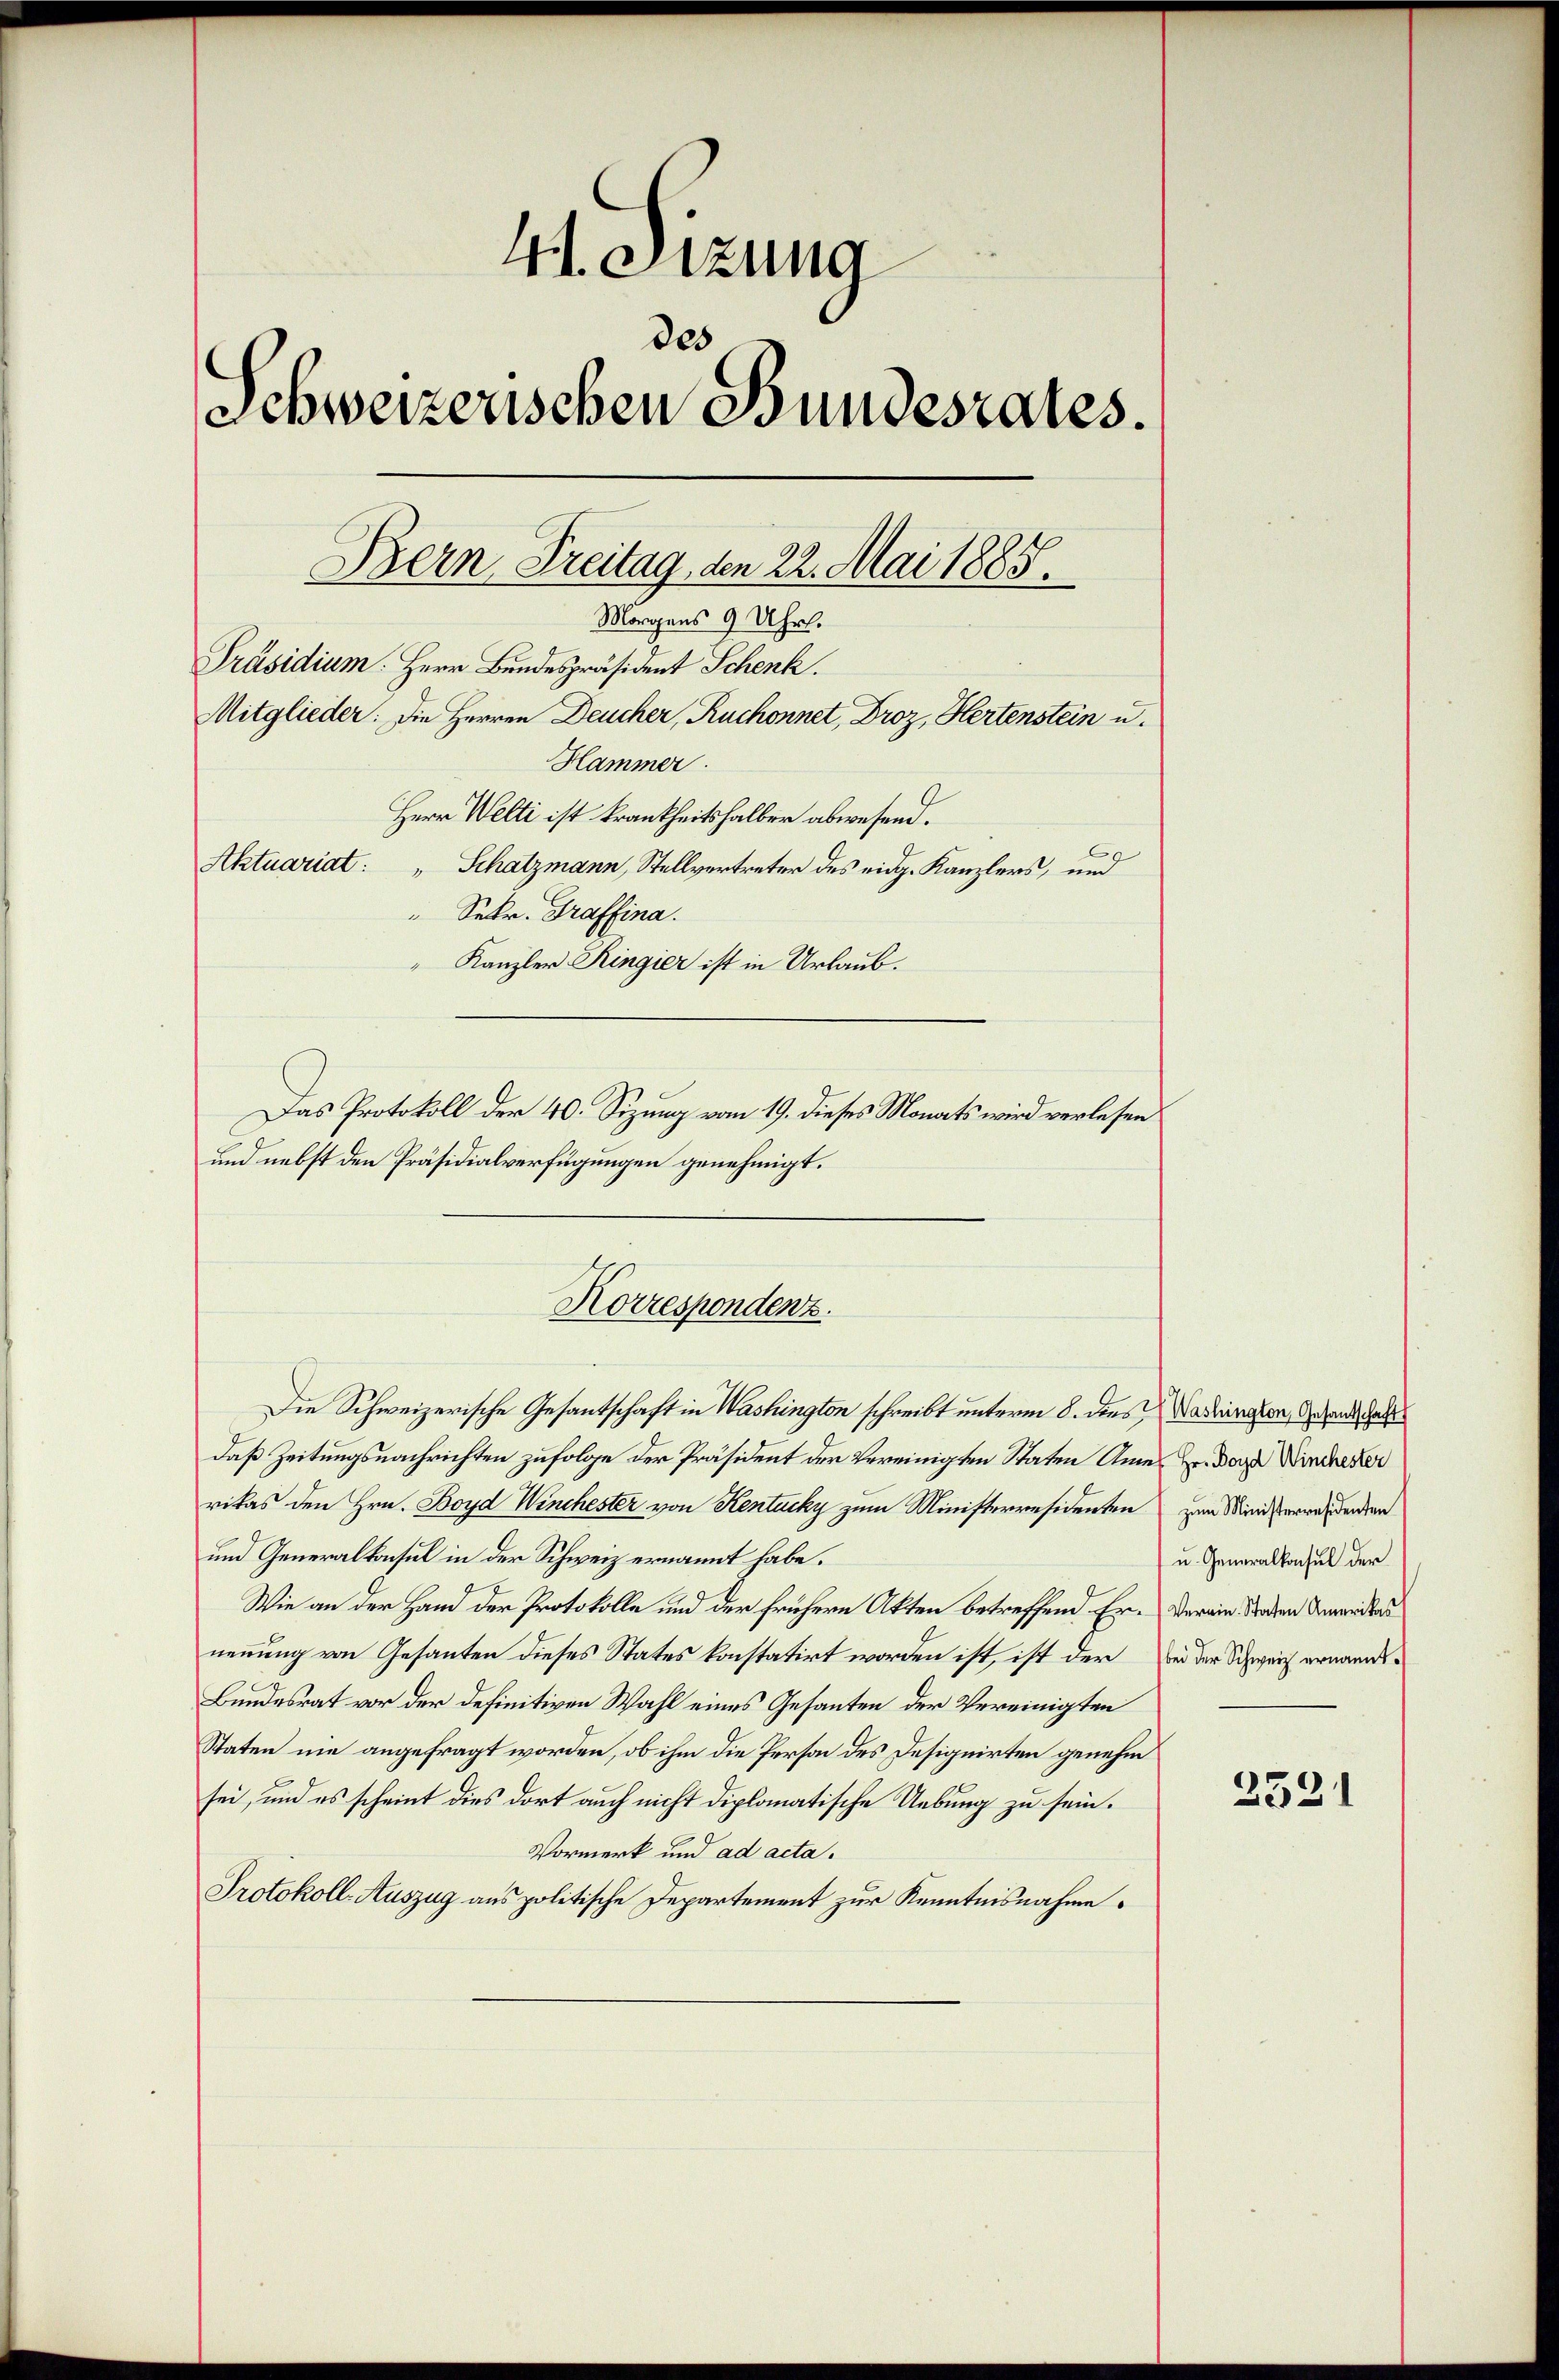
4I Stzung
des
Schweizerischen Bundesrates.
Präsidium. Herr Bundespräsident Schenk.
Mitglieder: Die Herren Deucher, Ruchonnet, Droz, Hertenstein u.
Hammer.
Herr Welti ist krankheitshalber abwesend.
Aktuariat: " Schatzmann, Stellvertreter des eidg. Kanzlers, und
" Sekr. Graffina.
Kanzler Ringier ist in Urlaub.
Das Protokoll der 40. Sizung vom 19. dieses Monats wird verlesen

Bern Freitag, den 22. Mai 1885.
Morgens 9 Uhr.

und nebst den Präsidialverfügungen genehmigt.
Die Schweizerische Gesantschaft in Washington schreibt unterm 8. dies Nadringen, gehend des
daß Zeitungsnachrichten zufolge der Präsident der Vereinigten Staten Amnes Hr. Das Wincherer
rikas den Hrn. Boyd Winchester von Kentucky zum Ministerresidenten zum Ministerrechenden
und Generalkonsul in der Schweiz ernannt habe.
Wie an der Hand der Protokolle und der frühern Akten betreffend Er- Verein Baden Anweiders
nennung von Gesanten dieses States konstatirt worden ist, ist der bei der Schweiz ernannds¬
Bundesrat vor der definitiven Wahl eines Gesanten der Vereinigten
Staten nie angefragt worden, ob ihm die Person des Designirten genehm
sei, und es scheint dies dort auch nicht diplomatische Uebung zu sein.
Vormerk und ad acta.
Protokoll-Auszug aus politische Departement zur Kenntnisnahme.

Korrespondenz.

u. Generalkonsul der

2521